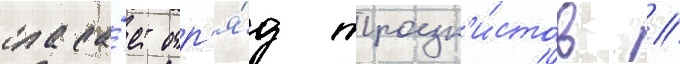
спаса́ет отр'я́д троцк'и́стов //